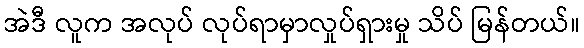
အဲဒီ လူက အလုပ် လုပ်ရာမှာလှုပ်ရှားမှု သိပ် မြန်တယ်။